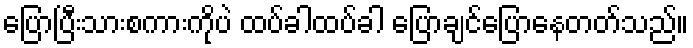
ပြောပြီးသားစကားကိုပဲ ထပ်ခါထပ်ခါ ပြောချင်ပြောနေတတ်သည်။